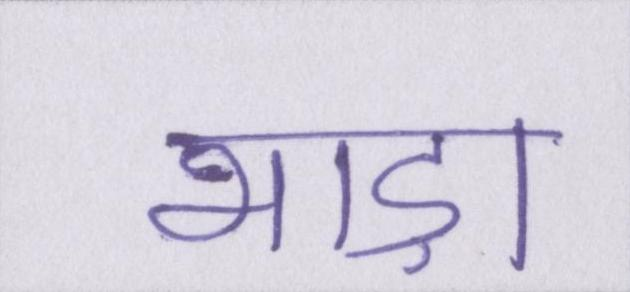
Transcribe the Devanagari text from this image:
भाड़ा